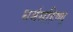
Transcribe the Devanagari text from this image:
धर्मसहिष्णू